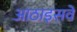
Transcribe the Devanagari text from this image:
आठाइसवें